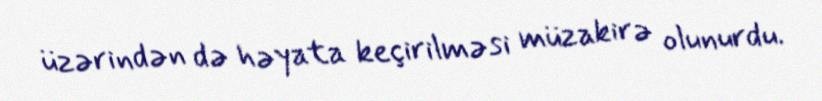
üzərindən də həyata keçirilməsi müzakirə olunurdu.